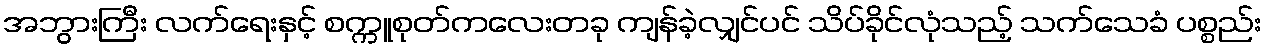
အဘွားကြီး လက်ရေးနှင့် စက္ကူစုတ်ကလေးတခု ကျန်ခဲ့လျှင်ပင် သိပ်ခိုင်လုံသည့် သက်သေခံ ပစ္စည်း